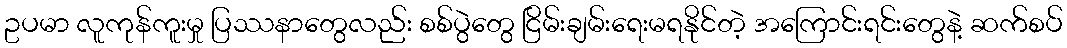
ဥပမာ လူကုန်ကူးမှု ပြဿနာတွေလည်း စစ်ပွဲတွေ ငြိမ်းချမ်းရေးမရနိုင်တဲ့ အကြောင်းရင်းတွေနဲ့ ဆက်စပ်